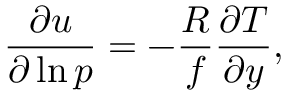
\frac { \partial u } { \partial \ln { p } } = - \frac { R } { f } \frac { \partial T } { \partial y } ,